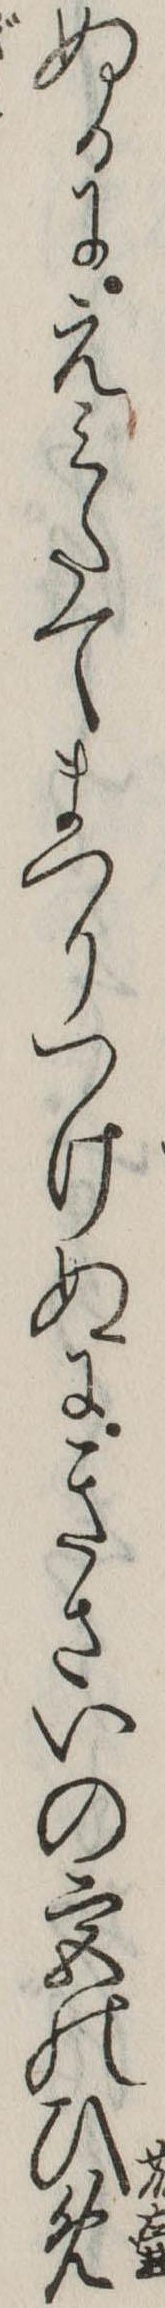
ぬるにえみたてまつりつけぬにきさいの宮のひめ